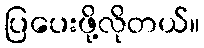
ပြပေးဖို့လိုတယ်။